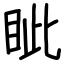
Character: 眦